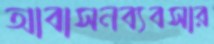
আবাসনব্যবসার